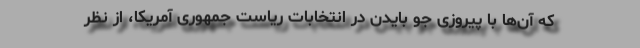
که آن‌ها با پیروزی جو بایدن در انتخابات ریاست جمهوری آمریکا، از نظر